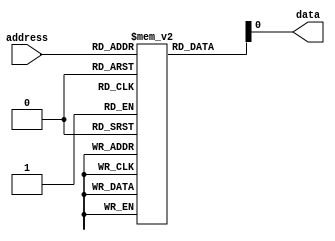
module fuse_rom (
  input wire [7:0] address,
  output reg data
);

reg [7:0] memory [0:255];

initial begin
  // initialize memory with permanent data
  // example: memory[0] = 8'b11010011;
end

always @ (*) begin
  data = memory[address];
end

endmodule